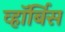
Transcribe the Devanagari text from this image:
व्हॉर्बिस